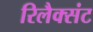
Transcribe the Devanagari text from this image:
रिलैक्संट